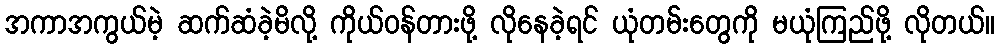
အကာအကွယ်မဲ့ ဆက်ဆံခဲ့မိလို့ ကိုယ်ဝန်တားဖို့ လိုနေခဲ့ရင် ယုံတမ်းတွေကို မယုံကြည်ဖို့ လိုတယ်။